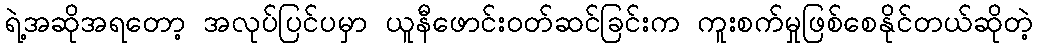
ရဲ့အဆိုအရတော့ အလုပ်ပြင်ပမှာ ယူနီဖောင်းဝတ်ဆင်ခြင်းက ကူးစက်မှုဖြစ်စေနိုင်တယ်ဆိုတဲ့